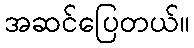
အဆင်ပြေတယ်။